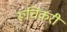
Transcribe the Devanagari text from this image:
रूचिकरी